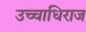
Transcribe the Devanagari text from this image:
उच्चाधिराज